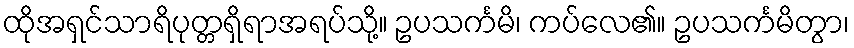
ထိုအရှင်သာရိပုတ္တရှိရာအရပ်သို့။ ဥပသင်္ကမိ၊ ကပ်လေ၏။ ဥပသင်္ကမိတွာ၊